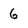
Character: 6